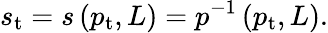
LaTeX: s_{\mathrm{t}}=s\left(p_{\mathrm{t}},L\right)=p^{-1}\left(p_{\mathrm{t}},L\right).